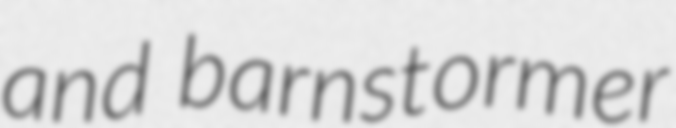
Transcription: and barnstormer